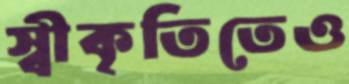
স্বীকৃতিতেও